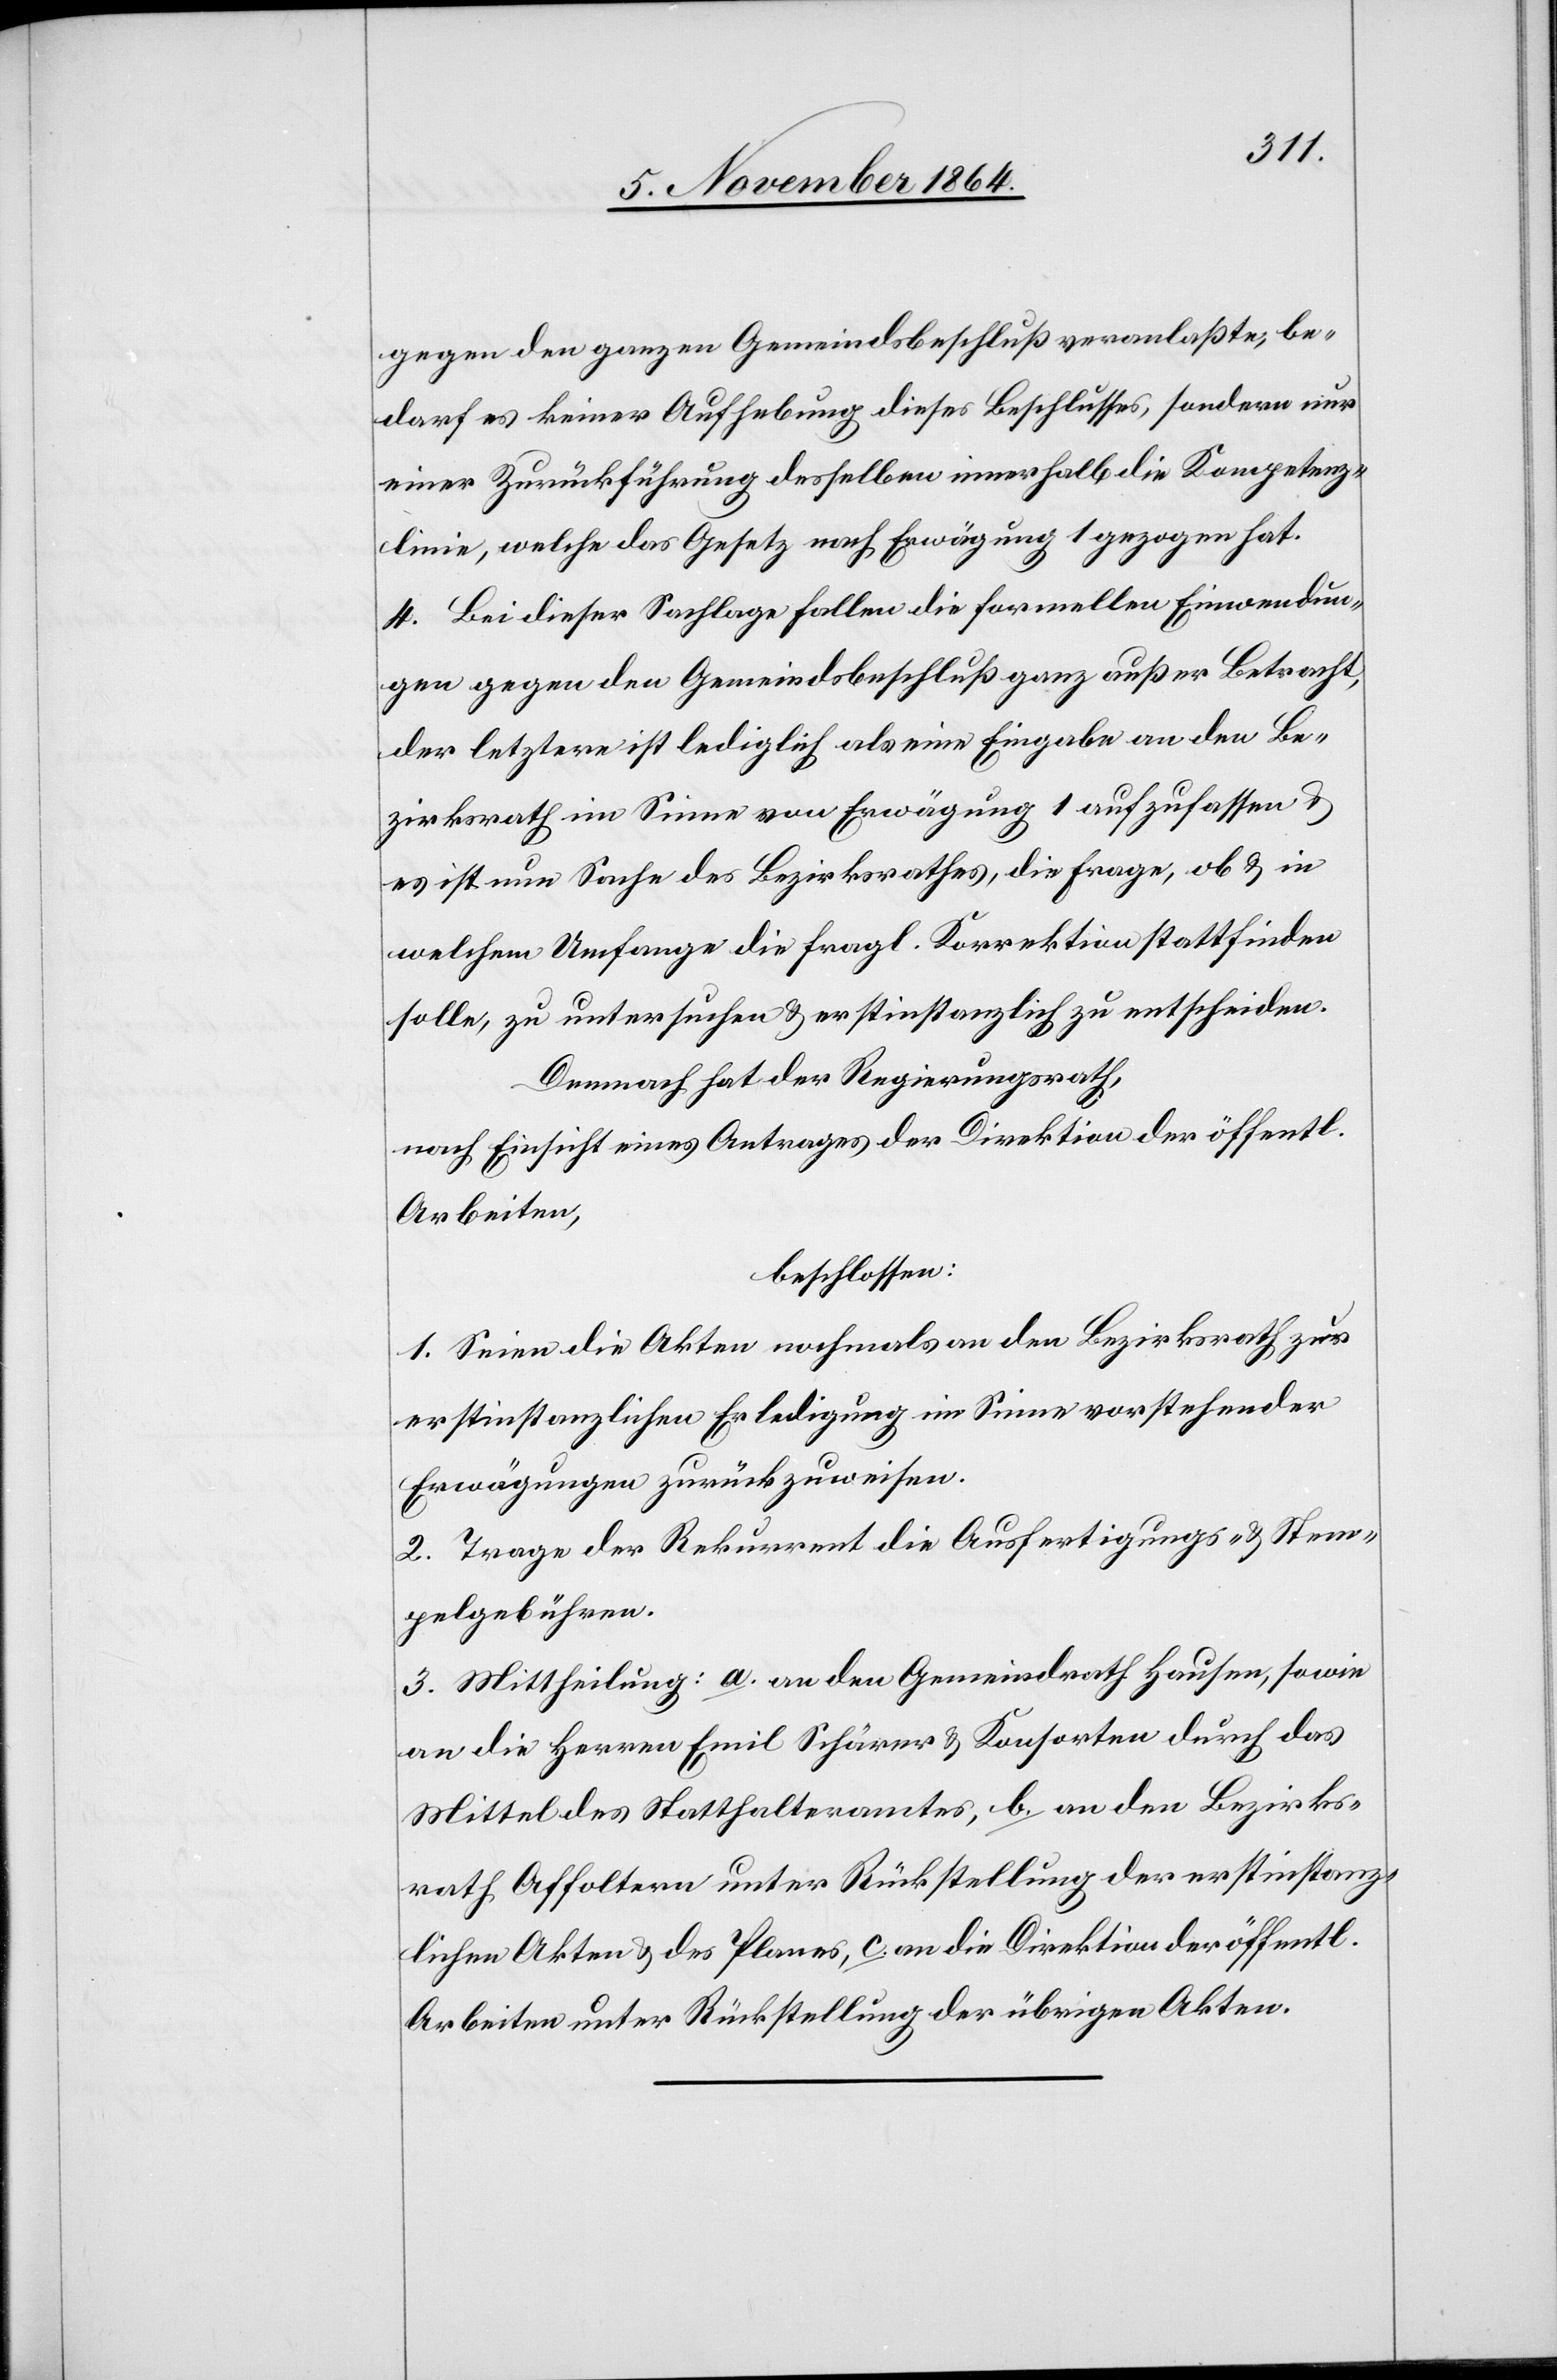
gegen den ganzen Gemeindsbeschluß veranlaßte, be¬
darf es keiner Aufhebung dieses Beschlusses, sondern nur
einer Zurückweisung desselben innerhalb die [sic!] Kompetenz¬
linie, welche das Gesetz nach Erwägung 1 gezogen hat.
4. Bei dieser Sachlage fallen die formellen Einwendun¬
gen gegen den Gemeindsbeschluß ganz außer Betracht,
der letztere ist lediglich als eine Eingabe an den Be¬
zirksrath im Sinne von Erwägung 1 aufzufassen &
es ist nun Sache des Bezirksrathes, die Frage, ob & in
welchem Umfange die fragl. Korrektion stattfinden
solle, zu untersuchen & erstinstanzlich zu entscheiden.
Demnach hat der Regierungsrath,
nach Einsicht eines Antrages der Direktion der öffentl.
Arbeiten,
beschlossen:
1. Seien die Akten nochmals an den Bezirksrath zur
erstinstanzlichen Erledigung im Sinne vorstehender
Erwägungen zurückzuweisen.
2. Trage der Rekurrent die Ausfertigungs- & Stem¬
pelgebühren.
3. Mittheilung: a. an den Gemeindrath Hausen, sowie
an die Herren Emil Schärer & Konsorten durch das
Mittel des Statthalteramtes, b. an den Bezirks¬
rath Affoltern unter Rückstellung der erstinstanz¬
lichen Akten & des Planes, c. an die Direktion der öffentl.
Arbeiten unter Rückstellung der übrigen Akten.